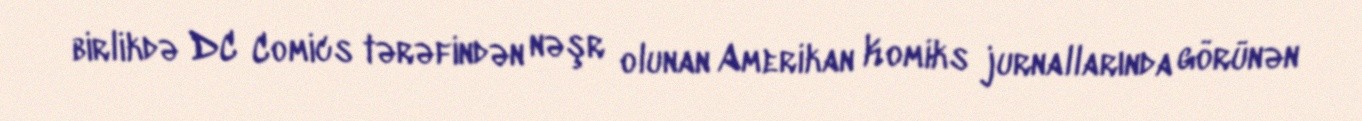
birlikdə DC Comics tərəfindən nəşr olunan Amerikan Komiks jurnallarında görünən